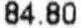
84.80